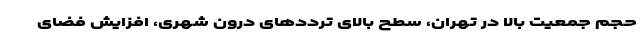
حجم جمعیت بالا در تهران، سطح بالای ترددهای درون شهری، افزایش فضای